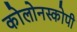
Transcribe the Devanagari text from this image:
कोलोनस्कोपी